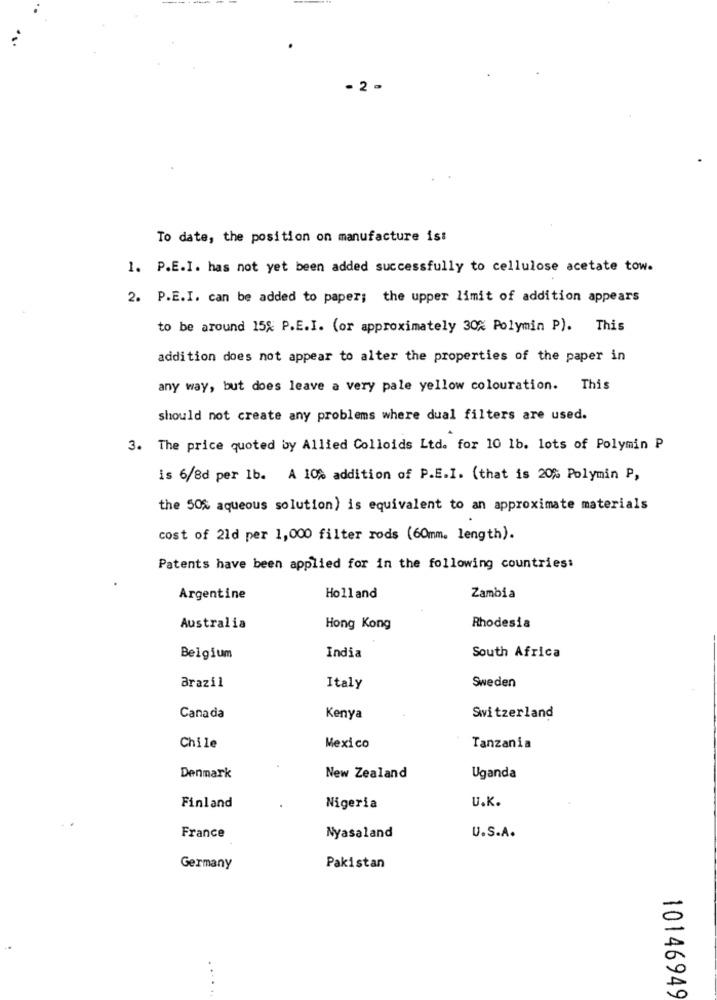
- 2 -
To date, the position on manufacture ist
1. P.E.I. has not yet been added successfully to cellulose acetate tow.
2. P.E.I. can be added to paper; the upper limit of addition appears
to be around 15% P.E.I. (or approximately 30% Polymin P). This
addition does not appear to alter the properties of the paper in
any way, but does leave a very pale yellow colouration. This
should not create any problems where dual filters are used.
3. The price quoted by Allied Colloids Ltd. for 10 1b. lots of Polymin P
is 6/8d per 1b. A 10% addition of P.E.I. (that is 20% Polymin P,
the 50% aqueous solution) is equivalent to an approximate materials
cost of 2ld per 1,000 filter rods (60mm. length).
Patents have been applied for in the following countries:
Argentine
Holland
Zambia
Australia
Hong Kong
Rhodesia
Belgium
India
South Africa
Brazil
Italy
Sweden
Canada
Kenya
Switzerland
Chile
Mexico
Tanzania
Denmark
New Zealand
Uganda
U.K.
Finland
Nigeria
France
Nyasaland
U.S.A.
Germany
Pakistan
. .
. .
10146949